Report on vaccination for the Province of Oudh 1872 -
Year: 1872
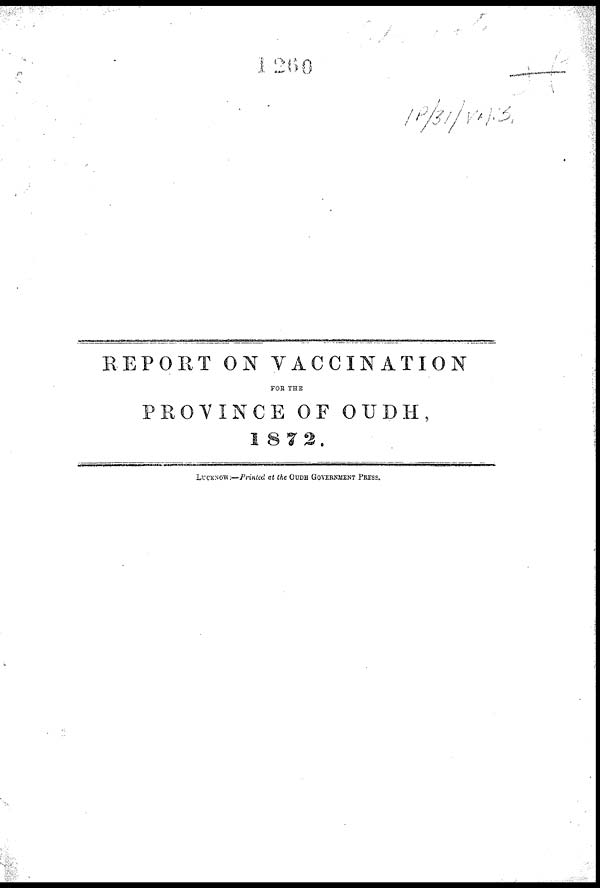
REPORT ON VACCINATION
FOR THE
PROVINCE OF OUDH,
1872.
LUCKNOW :—Printed at the OUDH GOVERNMENT PRESS.